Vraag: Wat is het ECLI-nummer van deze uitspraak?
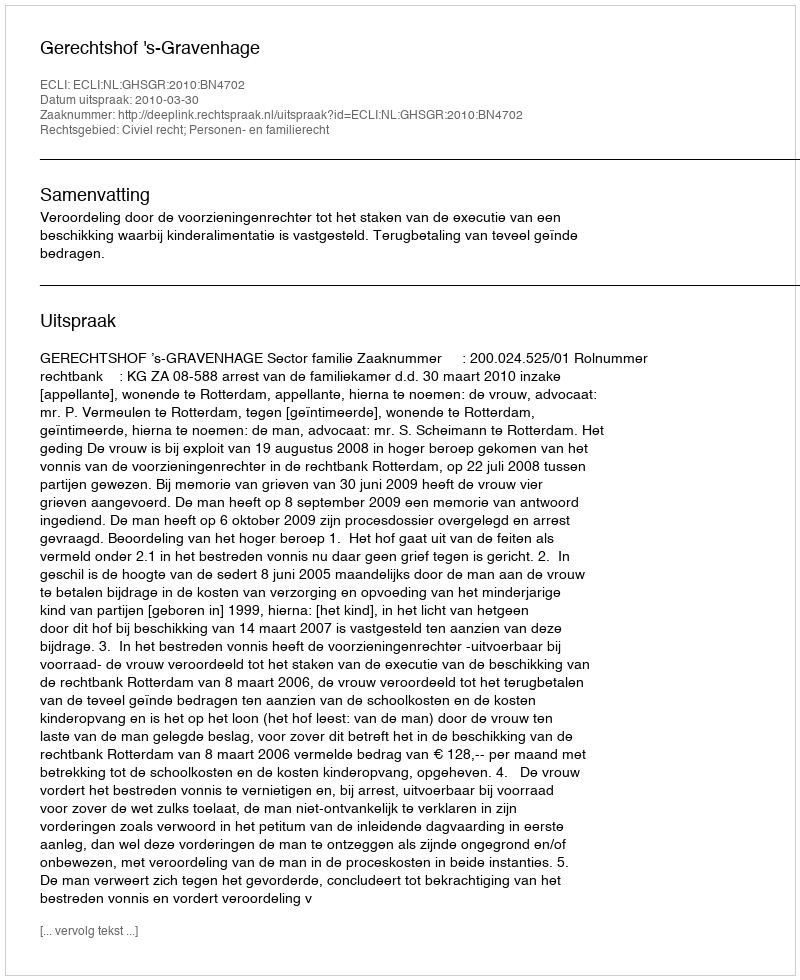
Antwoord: ECLI:NL:GHSGR:2010:BN4702